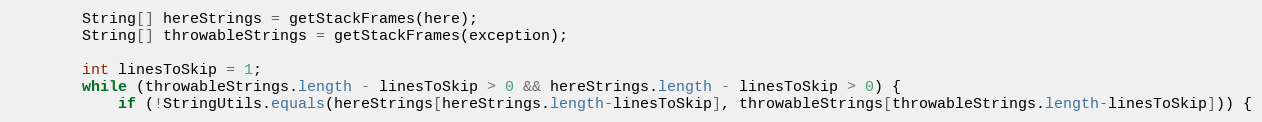
Language: Java
		String[] hereStrings = getStackFrames(here);
		String[] throwableStrings = getStackFrames(exception);

		int linesToSkip = 1;
		while (throwableStrings.length - linesToSkip > 0 && hereStrings.length - linesToSkip > 0) {
			if (!StringUtils.equals(hereStrings[hereStrings.length-linesToSkip], throwableStrings[throwableStrings.length-linesToSkip])) {